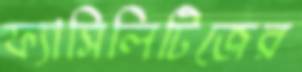
ফ্যাসিলিটিজের